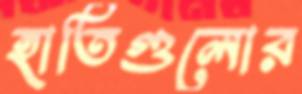
হাতিগুলোর